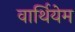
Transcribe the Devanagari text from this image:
वार्थियेम